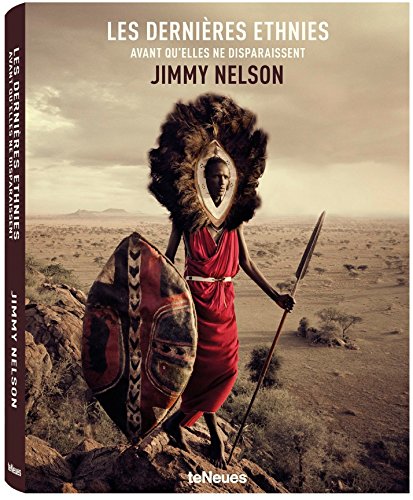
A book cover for Before They Pass Away; Arts & Photography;